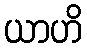
ယာဟိ